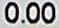
0.00